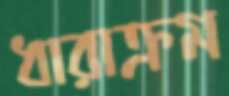
ধারাক্রম